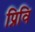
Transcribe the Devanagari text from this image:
प्रिवि